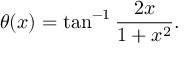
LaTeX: \theta ( x ) = \tan ^ { - 1 } \frac { 2 x } { 1 + x ^ { 2 } } .